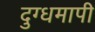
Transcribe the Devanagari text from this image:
दुग्धमापी